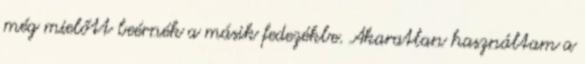
még mielőtt beérnék a másik fedezékbe. Akaratlan használtam a